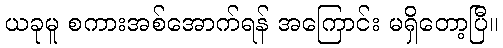
ယခုမူ စကားအစ်အောက်ရန် အကြောင်း မရှိတော့ပြီ။